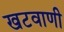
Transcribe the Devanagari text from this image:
खटवाणी